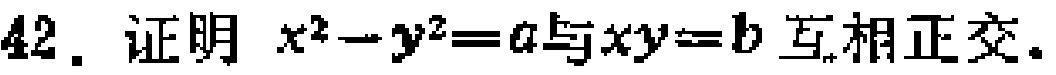
42. 证明 \(x^{2}-y^{2}=a\) 与 \(xy = b\) 互相正交.